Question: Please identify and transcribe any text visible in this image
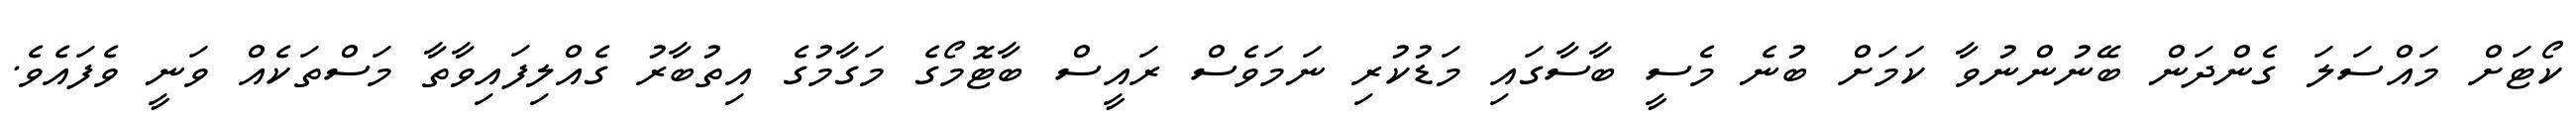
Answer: ކޯޓަށް މައްސަލަ ގެންދަން ބޭނުންނުވާ ކަމަށް ބުނެ މެސީ ބާސާގައި މަޑުކުރި ނަމަވެސް ރައީސް ބާޓޮމޯގެ މަގާމުގެ އިތުބާރު ގެއްލިފައިވާތާ މަސްތަކެއް ވަނީ ވެފައެވެ.